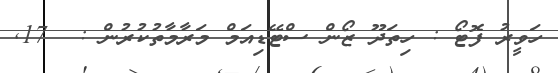
ހަވީރު ފޮޓޯ : ހިތަދޫ ޒޯން ސްޓޭޑިއަމް މަރާމާތުކުރުން :  17